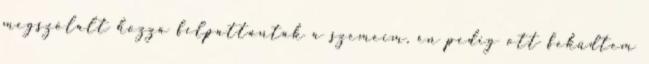
megszólalt hozzá felpattantak a szemeim, én pedig ott feküdtem